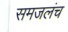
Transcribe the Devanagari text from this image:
समजलंच